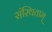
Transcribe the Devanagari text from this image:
संस्थिताम्‌